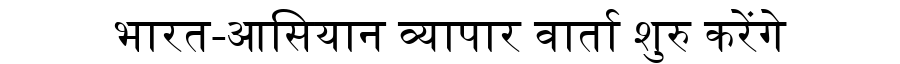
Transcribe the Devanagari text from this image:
भारत-आसियान व्यापार वार्ता शुरु करेंगे